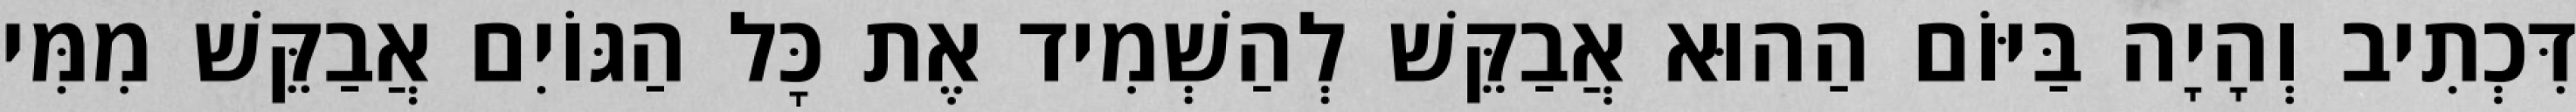
דִּכְתִיב וְהָיָה בַּיּוֹם הַהוּא אֲבַקֵּשׁ לְהַשְׁמִיד אֶת כׇּל הַגּוֹיִם אֲבַקֵּשׁ מִמִּי